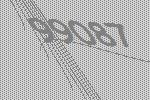
99087